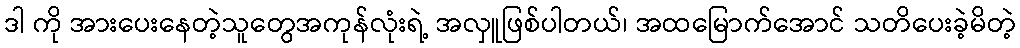
ဒါ ကို အားပေးနေတဲ့သူတွေအကုန်လုံးရဲ့ အလှူဖြစ်ပါတယ်၊ အထမြောက်အောင် သတိပေးခဲ့မိတဲ့